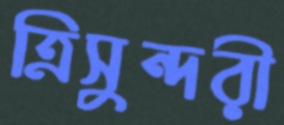
ত্রিসুন্দরী